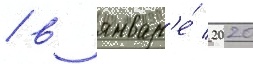
/ в январ'е́ 2020